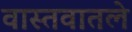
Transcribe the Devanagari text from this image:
वास्तवातले